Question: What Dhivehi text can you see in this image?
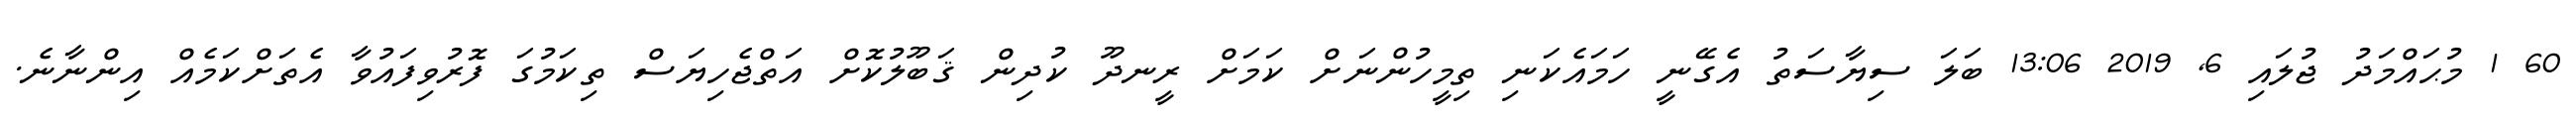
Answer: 60 1 މުޙައްމަދު ޖުލައި 6, 2019 13:06 ބަލަ ސިޔާސަތު އެގޭނީ ހަމައެކަނި ތިމީހުންނަށް ކަމަށް ރީނދޫ ކުދިން ޤަބޫލުކޮށް އަތްޖެހިޔަސް ތިކަމުގަ ފޮރުވިފައުވާ އެތަށްކަމެއް އިންނާނެ.